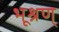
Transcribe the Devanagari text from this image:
भूश्रण्